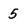
Character: 5